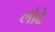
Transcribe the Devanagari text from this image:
लोढे